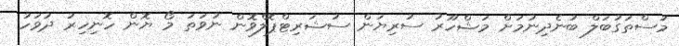
މުސްތަގުބަލް ބުނެދިނުމަށް މަޝްހޫރު ސުރިޔަން ސުޝަރިޓްޕޮލްވޮން ނުވަތަ މޯ ޔޮން ހޮނިހިރު ދުވަހު